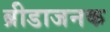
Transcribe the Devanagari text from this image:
ब्रीडाजनक